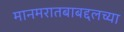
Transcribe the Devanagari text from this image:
मानमरातबाबद्दलच्या